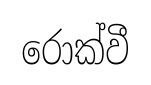
රොක්වී